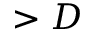
> D